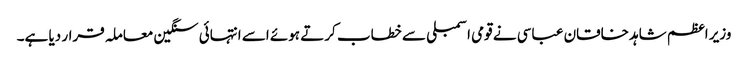
وزیر اعظم شاہد خاقان عباسی نے قومی اسمبلی سے خطاب کرتے ہوئے اسے انتہائی سنگین معاملہ قرار دیا ہے۔